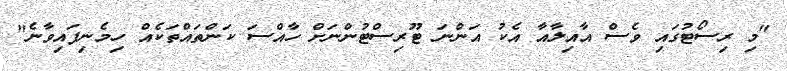
"މި ރިސޯޓުގައި ވެސް އާއިލާއާ އެކު އަންނަ ޓޫރިސްޓުންނަށް ހާއްސަ ކަންތައްތަކެއް ހިމެނިފައިވާނެ"